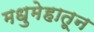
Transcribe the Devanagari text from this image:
मधुमेहातून